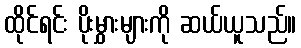
ထိုင်ရင်း ပိုးမွှားများကို ဆယ်ယူသည်။